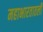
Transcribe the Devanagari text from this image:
महाभारतातली